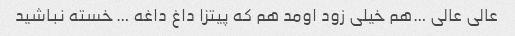
عالی عالی …هم خیلی زود اومد هم که پیتزا داغ داغه … خسته نباشید